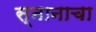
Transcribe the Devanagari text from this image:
स्नानाचा